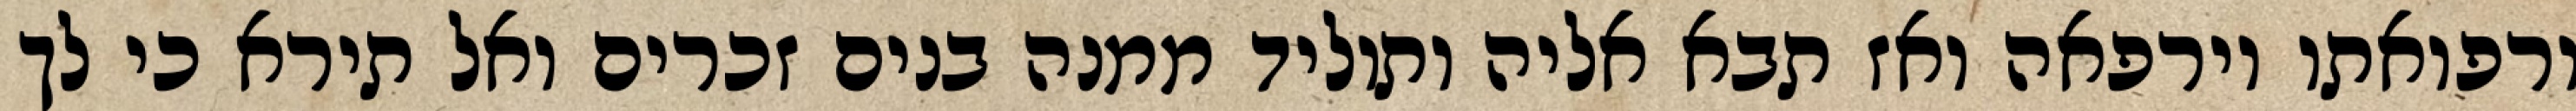
ורפואתו וירפאה ואז תבא אליה ותוליד ממנה בנים זכרים ואל תירא כי לך